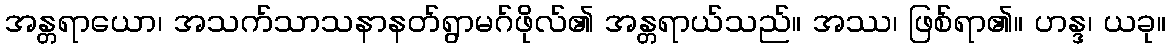
အန္တရာယော၊ အသက်သာသနာနတ်ရွာမဂ်ဖိုလ်၏ အန္တရာယ်သည်။ အဿ၊ ဖြစ်ရာ၏။ ဟန္ဒ၊ ယခု။